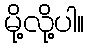
မို့လို့ပါ။